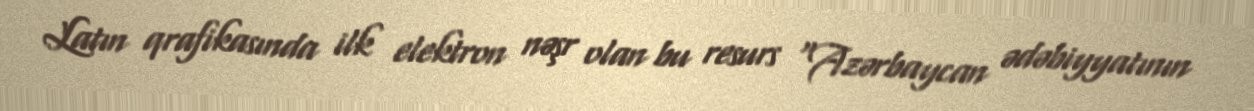
Latın qrafikasında ilk elektron nəşr olan bu resurs “Azərbaycan ədəbiyyatının